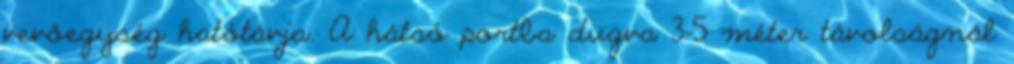
vevőegység hatótávja. A hátsó portba dugva 3-5 méter távolságnál